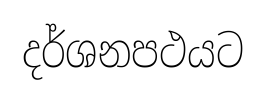
දර්ශනපථයට